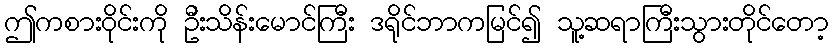
ဤကစားဝိုင်းကို ဦးသိန်းမောင်ကြီး ဒရိုင်ဘာကမြင်၍ သူ့ဆရာကြီးသွားတိုင်တော့